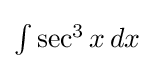
{\textstyle \int \sec ^{3}x\,dx}